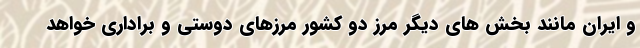
و ایران مانند بخش های دیگر مرز دو کشور مرزهای دوستی و براداری خواهد